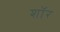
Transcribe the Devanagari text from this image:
शाॅर